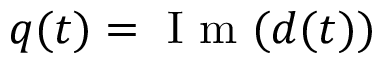
q ( t ) = \textrm { I m } ( d ( t ) )